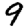
Digit: 9